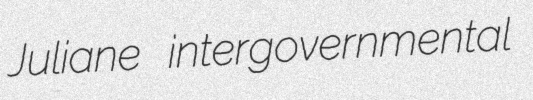
Juliane intergovernmental